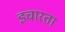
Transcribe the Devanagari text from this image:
इचारता